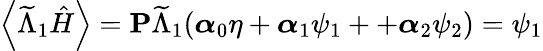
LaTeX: \left\langle\widetilde{\Lambda}_{1}\hat{H}\right\rangle=\textbf{P}\widetilde{\Lambda}_{1}(\boldsymbol{\alpha}_{0}\eta+\boldsymbol{\alpha}_{1}\psi_{1}++\boldsymbol{\alpha}_{2}\psi_{2})=\psi_{1}